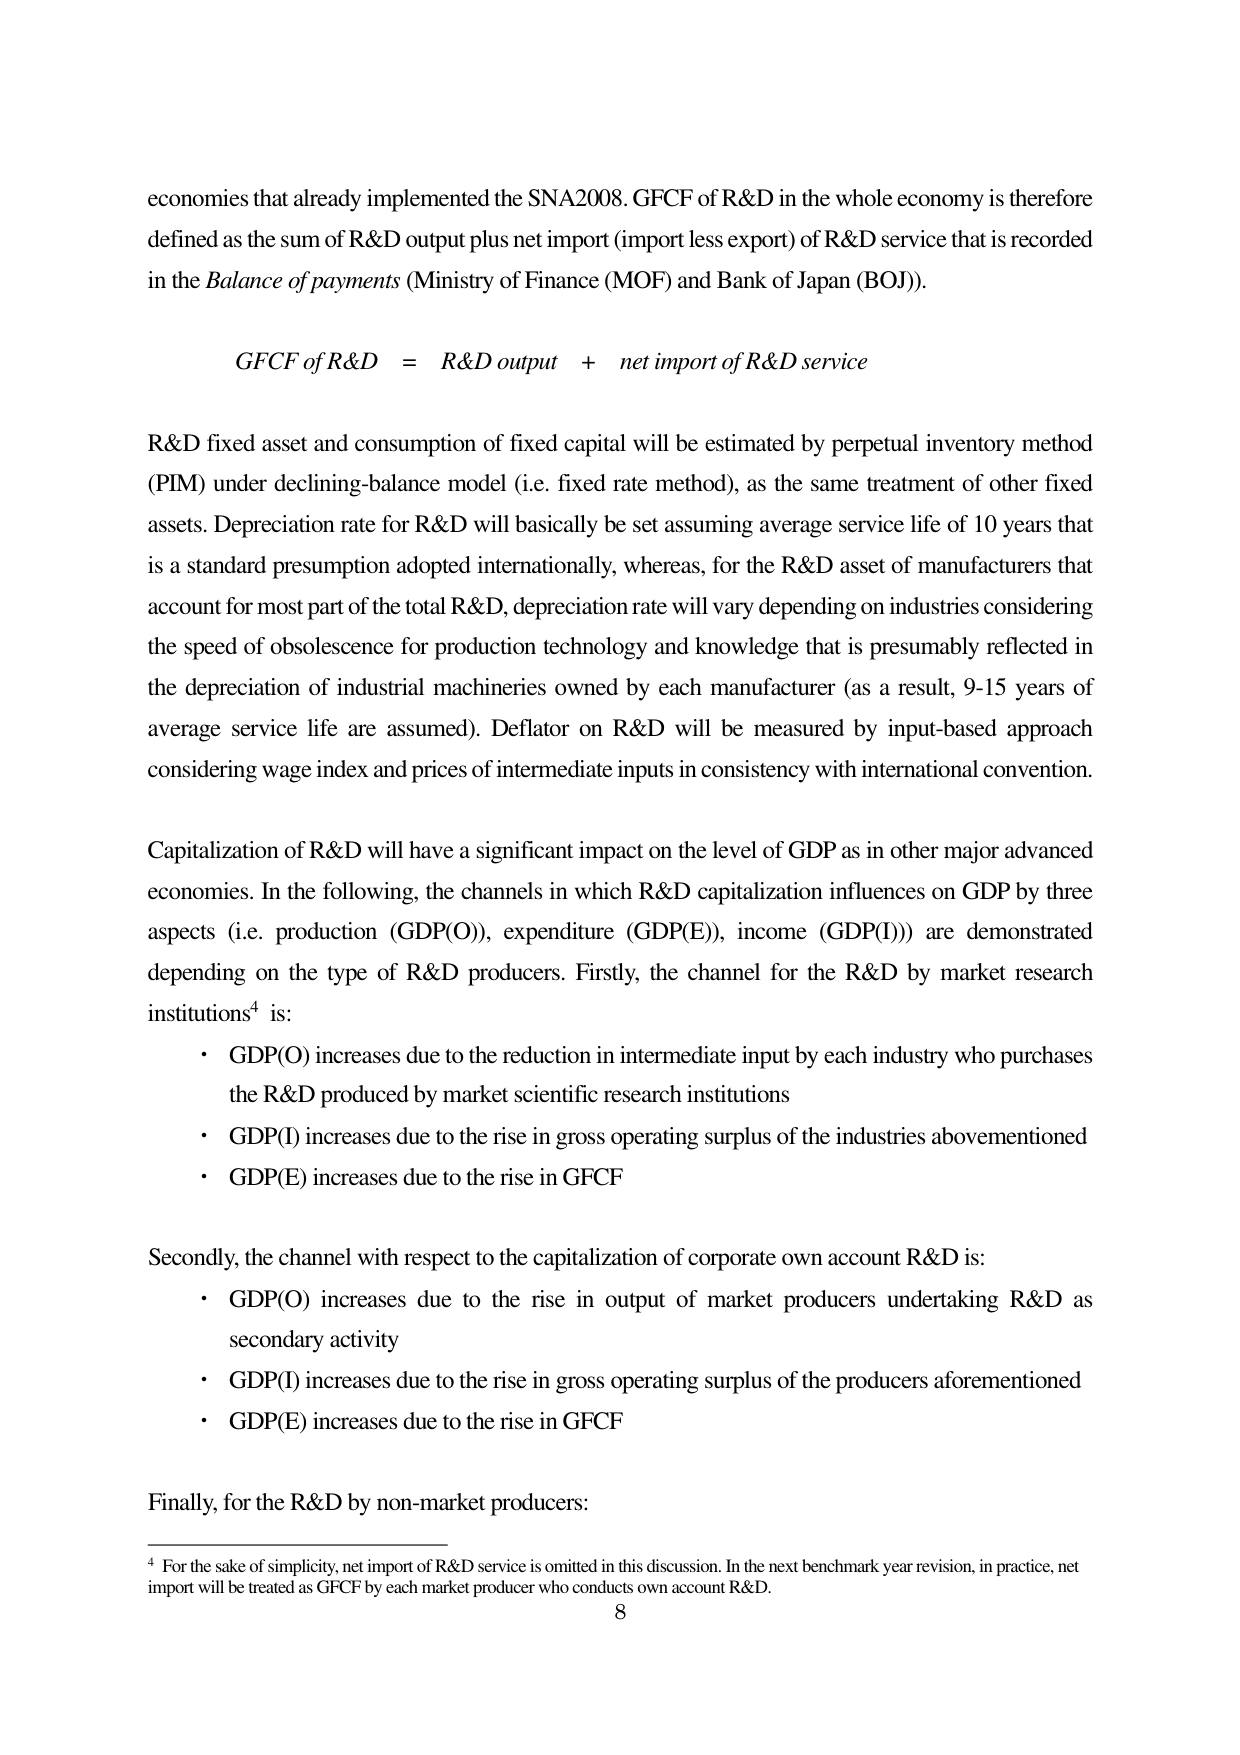
economies that already implemented the SNA2008. GFCF of R&D in the whole economy is therefore defined as the sum of R&D output plus net import (import less export) of R&D service that is recorded in the Balance of payments (Ministry of Finance (MOF) and Bank of Japan (BOJ)).

GFCF of R&D = R&D output + net import of R&D service

R&D fixed asset and consumption of fixed capital will be estimated by perpetual inventory method (PIM) under declining-balance model (i.e. fixed rate method), as the same treatment of other fixed assets. Depreciation rate for R&D will basically be set assuming average service life of 10 years that is a standard presumption adopted internationally, whereas, for the R&D asset of manufacturers that account for most part of the total R&D, depreciation rate will vary depending on industries considering the speed of obsolescence for production technology and knowledge that is presumably reflected in the depreciation of industrial machineries owned by each manufacturer (as a result, 9-15 years of average service life are assumed). Deflator on R&D will be measured by input-based approach considering wage index and prices of intermediate inputs in consistency with international convention.

Capitalization of R&D will have a significant impact on the level of GDP as in other major advanced economies. In the following, the channels in which R&D capitalization influences on GDP by three aspects (i.e. production (GDP(O)), expenditure (GDP(E)), income (GDP(I))) are demonstrated depending on the type of R&D producers. Firstly, the channel for the R&D by market research institutions⁴ is:

• GDP(O) increases due to the reduction in intermediate input by each industry who purchases the R&D produced by market scientific research institutions
• GDP(I) increases due to the rise in gross operating surplus of the industries abovementioned
• GDP(E) increases due to the rise in GFCF

Secondly, the channel with respect to the capitalization of corporate own account R&D is:

• GDP(O) increases due to the rise in output of market producers undertaking R&D as secondary activity
• GDP(I) increases due to the rise in gross operating surplus of the producers aforementioned
• GDP(E) increases due to the rise in GFCF

Finally, for the R&D by non-market producers:

⁴ For the sake of simplicity, net import of R&D service is omitted in this discussion. In the next benchmark year revision, in practice, net import will be treated as GFCF by each market producer who conducts own account R&D.

8